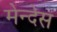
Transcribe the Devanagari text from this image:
मेन्देस